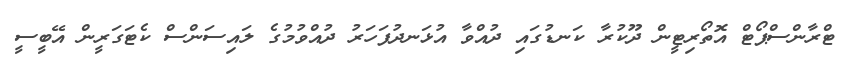
ޓްރާންސްޕޯޓް އޮތޯރިޓީން ދޫކުރާ ކަނޑުގައި ދުއްވާ އުޅަނދުފަހަރު ދުއްވުމުގެ ލައިސަންސް ކެޓަގަރީން އޭބީސީ